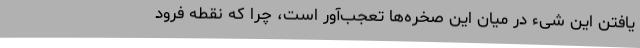
یافتن این شیء در میان این صخره‌ها تعجب‌آور است، چرا که نقطه فرود